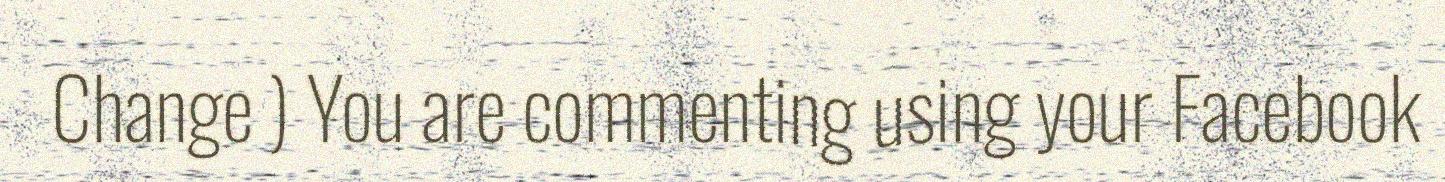
Change ) You are commenting using your Facebook